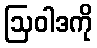
ဩဝါဒကို